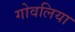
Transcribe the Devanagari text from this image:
गोवलिया